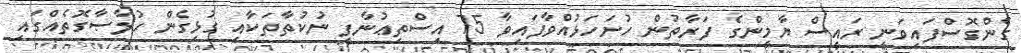
ގެންގޮސްފައިވަނީ ރައީސް ޔާމީންގެ ފަރާތުން ހުށަހަޅުއްވާފައިވާ 75 އިސްތިޢުނާފީ ނުކުތާތަކާއި ގުޅިގެން ހުލާޞާގޮތެއްގައި